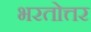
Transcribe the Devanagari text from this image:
भरतोत्तर